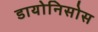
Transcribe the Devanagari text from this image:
डायोनिसोस